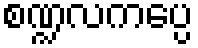
စဏ္ဍလကပ္ပေ